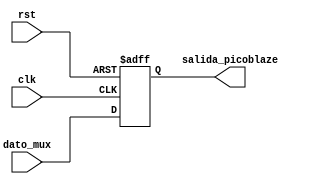
`timescale 1ns / 1ps
//////////////////////////////////////////////////////////////////////////////////
// Company: 
// Engineer: 
// 
// Design Name: 
// Module Name:    FFD 
// Project Name: 
// Target Devices: 
// Tool versions: 
// Description: 
//
// Dependencies: 
//
// Revision: 
// Revision 0.01 - File Created
// Additional Comments: 
//
//////////////////////////////////////////////////////////////////////////////////
module FFD(
input wire rst,
input wire clk,
input wire [7:0] dato_mux,
output reg [7:0] salida_picoblaze
    );
   always @(posedge clk or posedge rst)
      if (rst) begin
         salida_picoblaze <= 8'h00;
      end else begin
         salida_picoblaze <= dato_mux;
      end

endmodule